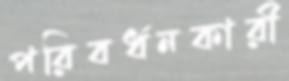
পরিবর্ধনকারী